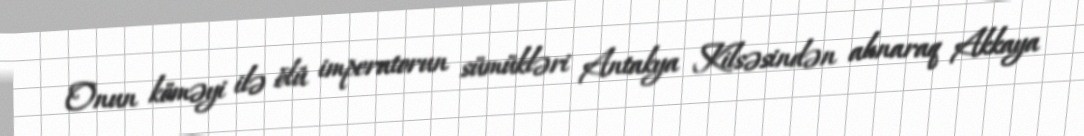
Onun köməyi ilə ölü imperatorun sümükləri Antakya Kilsəsindən alınaraq Akkaya